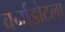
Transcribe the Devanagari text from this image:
बर्नाडोटला